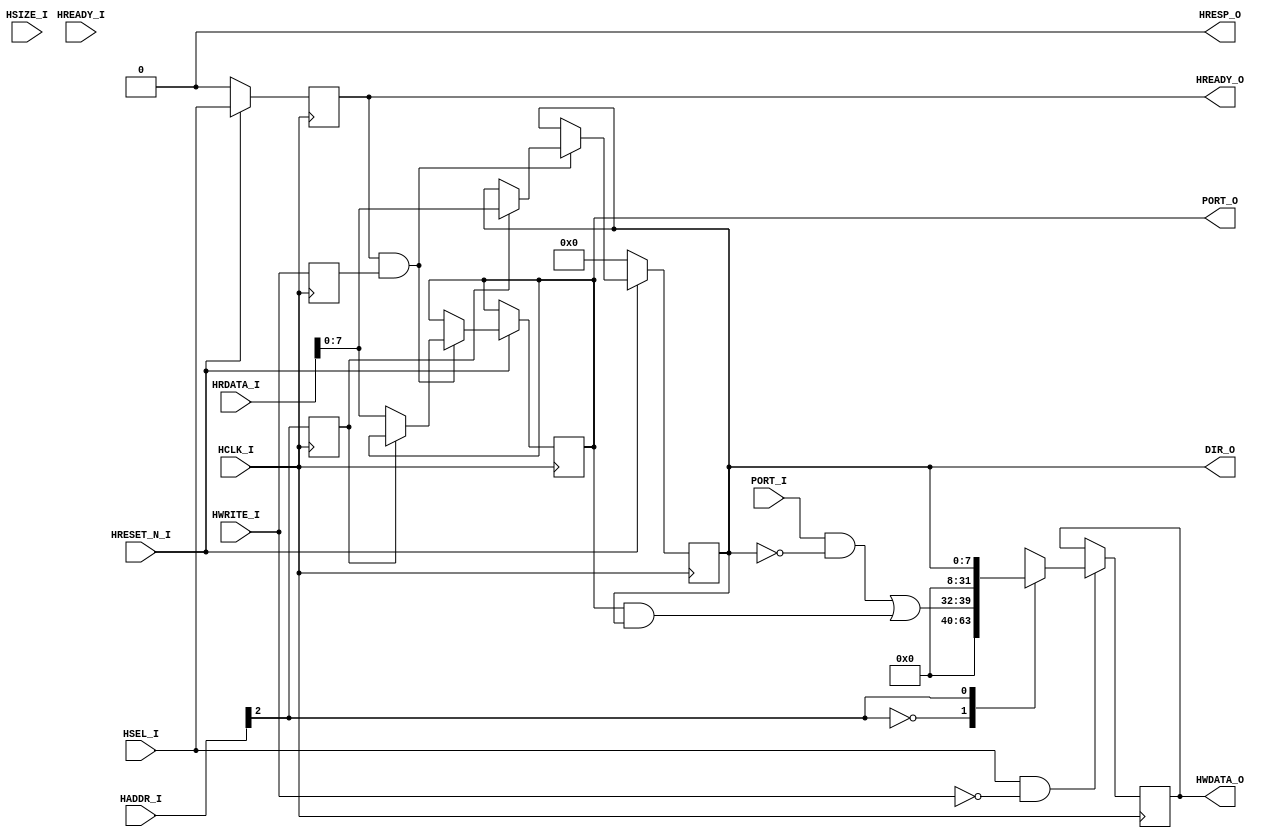
module ahb_gpio
(
 input             HCLK_I,
 input             HRESET_N_I,

 input [7:0]       PORT_I,
 output [7:0]      PORT_O,
 output [7:0]      DIR_O,

 input             HREADY_I,
 input             HSEL_I,
 input [2:0]       HSIZE_I,
 input             HWRITE_I,
 input [11:0]      HADDR_I,
 input [31:0]      HRDATA_I,
 output reg [31:0] HWDATA_O,
 output            HRESP_O,
 output            HREADY_O
 );

   localparam REG_DATA = 1'b0;
   localparam REG_DIR =  1'b1;

   assign PORT_O = data;
   assign DIR_O = dir;


   // AHB interface and gpio registers
   assign HRESP_O = 0;
   assign HREADY_O = enable_d;
   wire        enable = HSEL_I;


   // AHB input registers
   wire [0:0]  adr = HADDR_I[2:2];
   reg [0:0]   adr_d;
   reg         enable_d;
   reg         write_d;

   always @(posedge HCLK_I) begin
     adr_d <= adr;
     write_d <= HWRITE_I;
   end

   always @(posedge HCLK_I /* , negedge HRESET_N_I */)
     if(!HRESET_N_I)
       enable_d <= 0;
     else
       enable_d <= enable;

   // Write registers update
   reg [7:0]       dir;
   reg [7:0]       data;
   always @(posedge HCLK_I /* , negedge HRESET_N_I */) begin
     if(!HRESET_N_I) begin
       dir <= 8'd0;
     end else begin

       // write data and register update
       if (enable_d & write_d) begin
         case(adr_d)
           REG_DATA: data <= HRDATA_I[7:0];
           REG_DIR: dir <= HRDATA_I[7:0];
         endcase
       end
     end
   end

   // read output update
   always @(posedge HCLK_I)
     if(enable & !HWRITE_I) begin
       case(adr)
         REG_DATA: HWDATA_O <= { 24'd0,  (PORT_I & ~dir) | (data & dir)};
         REG_DIR: HWDATA_O <= { 24'd0, dir };
         default: HWDATA_O <= 32'dx;
       endcase // case (adr_d)
     end
endmodule